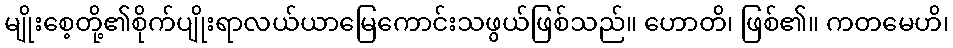
မျိုးစေ့တို့၏စိုက်ပျိုးရာလယ်ယာမြေကောင်းသဖွယ်ဖြစ်သည်။ ဟောတိ၊ ဖြစ်၏။ ကတမေဟိ၊